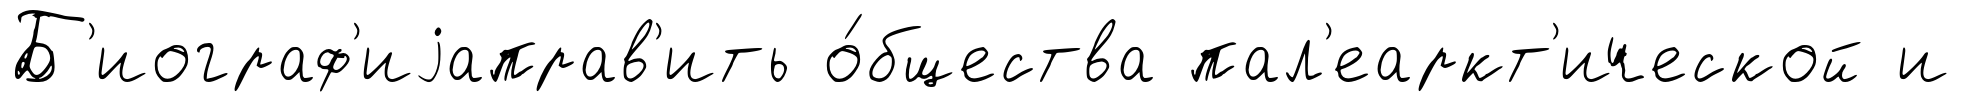
Б'иограф'иjаправ'ить о́бщества пал'еаркт'ической и